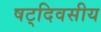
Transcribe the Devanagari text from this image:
षट्‌दिवसीय